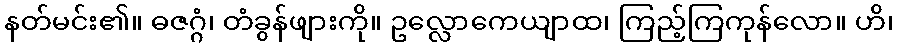
နတ်မင်း၏။ ဓဇဂ္ဂံ၊ တံခွန်ဖျားကို။ ဥလ္လောကေယျာထ၊ ကြည့်ကြကုန်လော။ ဟိ၊